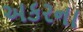
અકરના